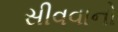
સીવવાનો